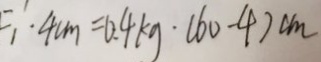
F _ { 1 } ^ { \prime } \cdot 4 c m = 0 . 4 k g \cdot ( 6 0 - 4 ) c m